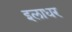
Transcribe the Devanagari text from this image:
इलाधर